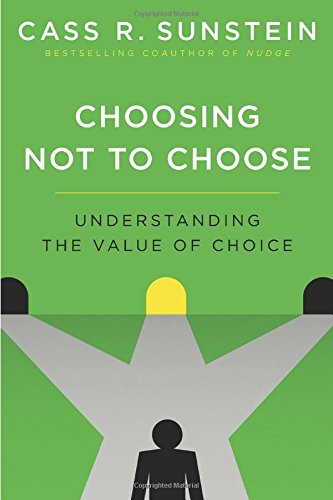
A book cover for Choosing Not to Choose: Understanding the Value of Choice; Cass R. Sunstein; Law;